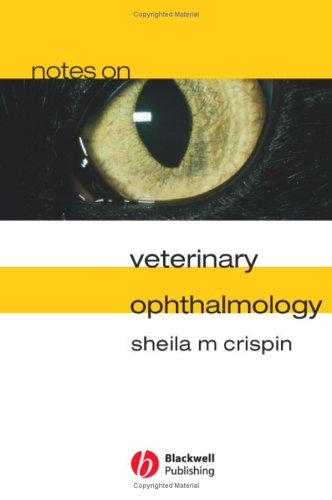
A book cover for Notes on Veterinary Ophthalmology; Sheila M. Crispin; Medical Books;